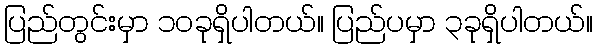
ပြည်တွင်းမှာ ၁၀ခုရှိပါတယ်။ ပြည်ပမှာ ၃ခုရှိပါတယ်။